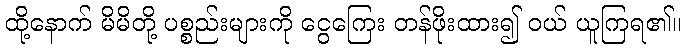
ထို့နောက် မိမိတို့ ပစ္စည်းများကို ငွေကြေး တန်ဖိုးထား၍ ဝယ် ယူကြရ၏။